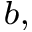
^ { b , }